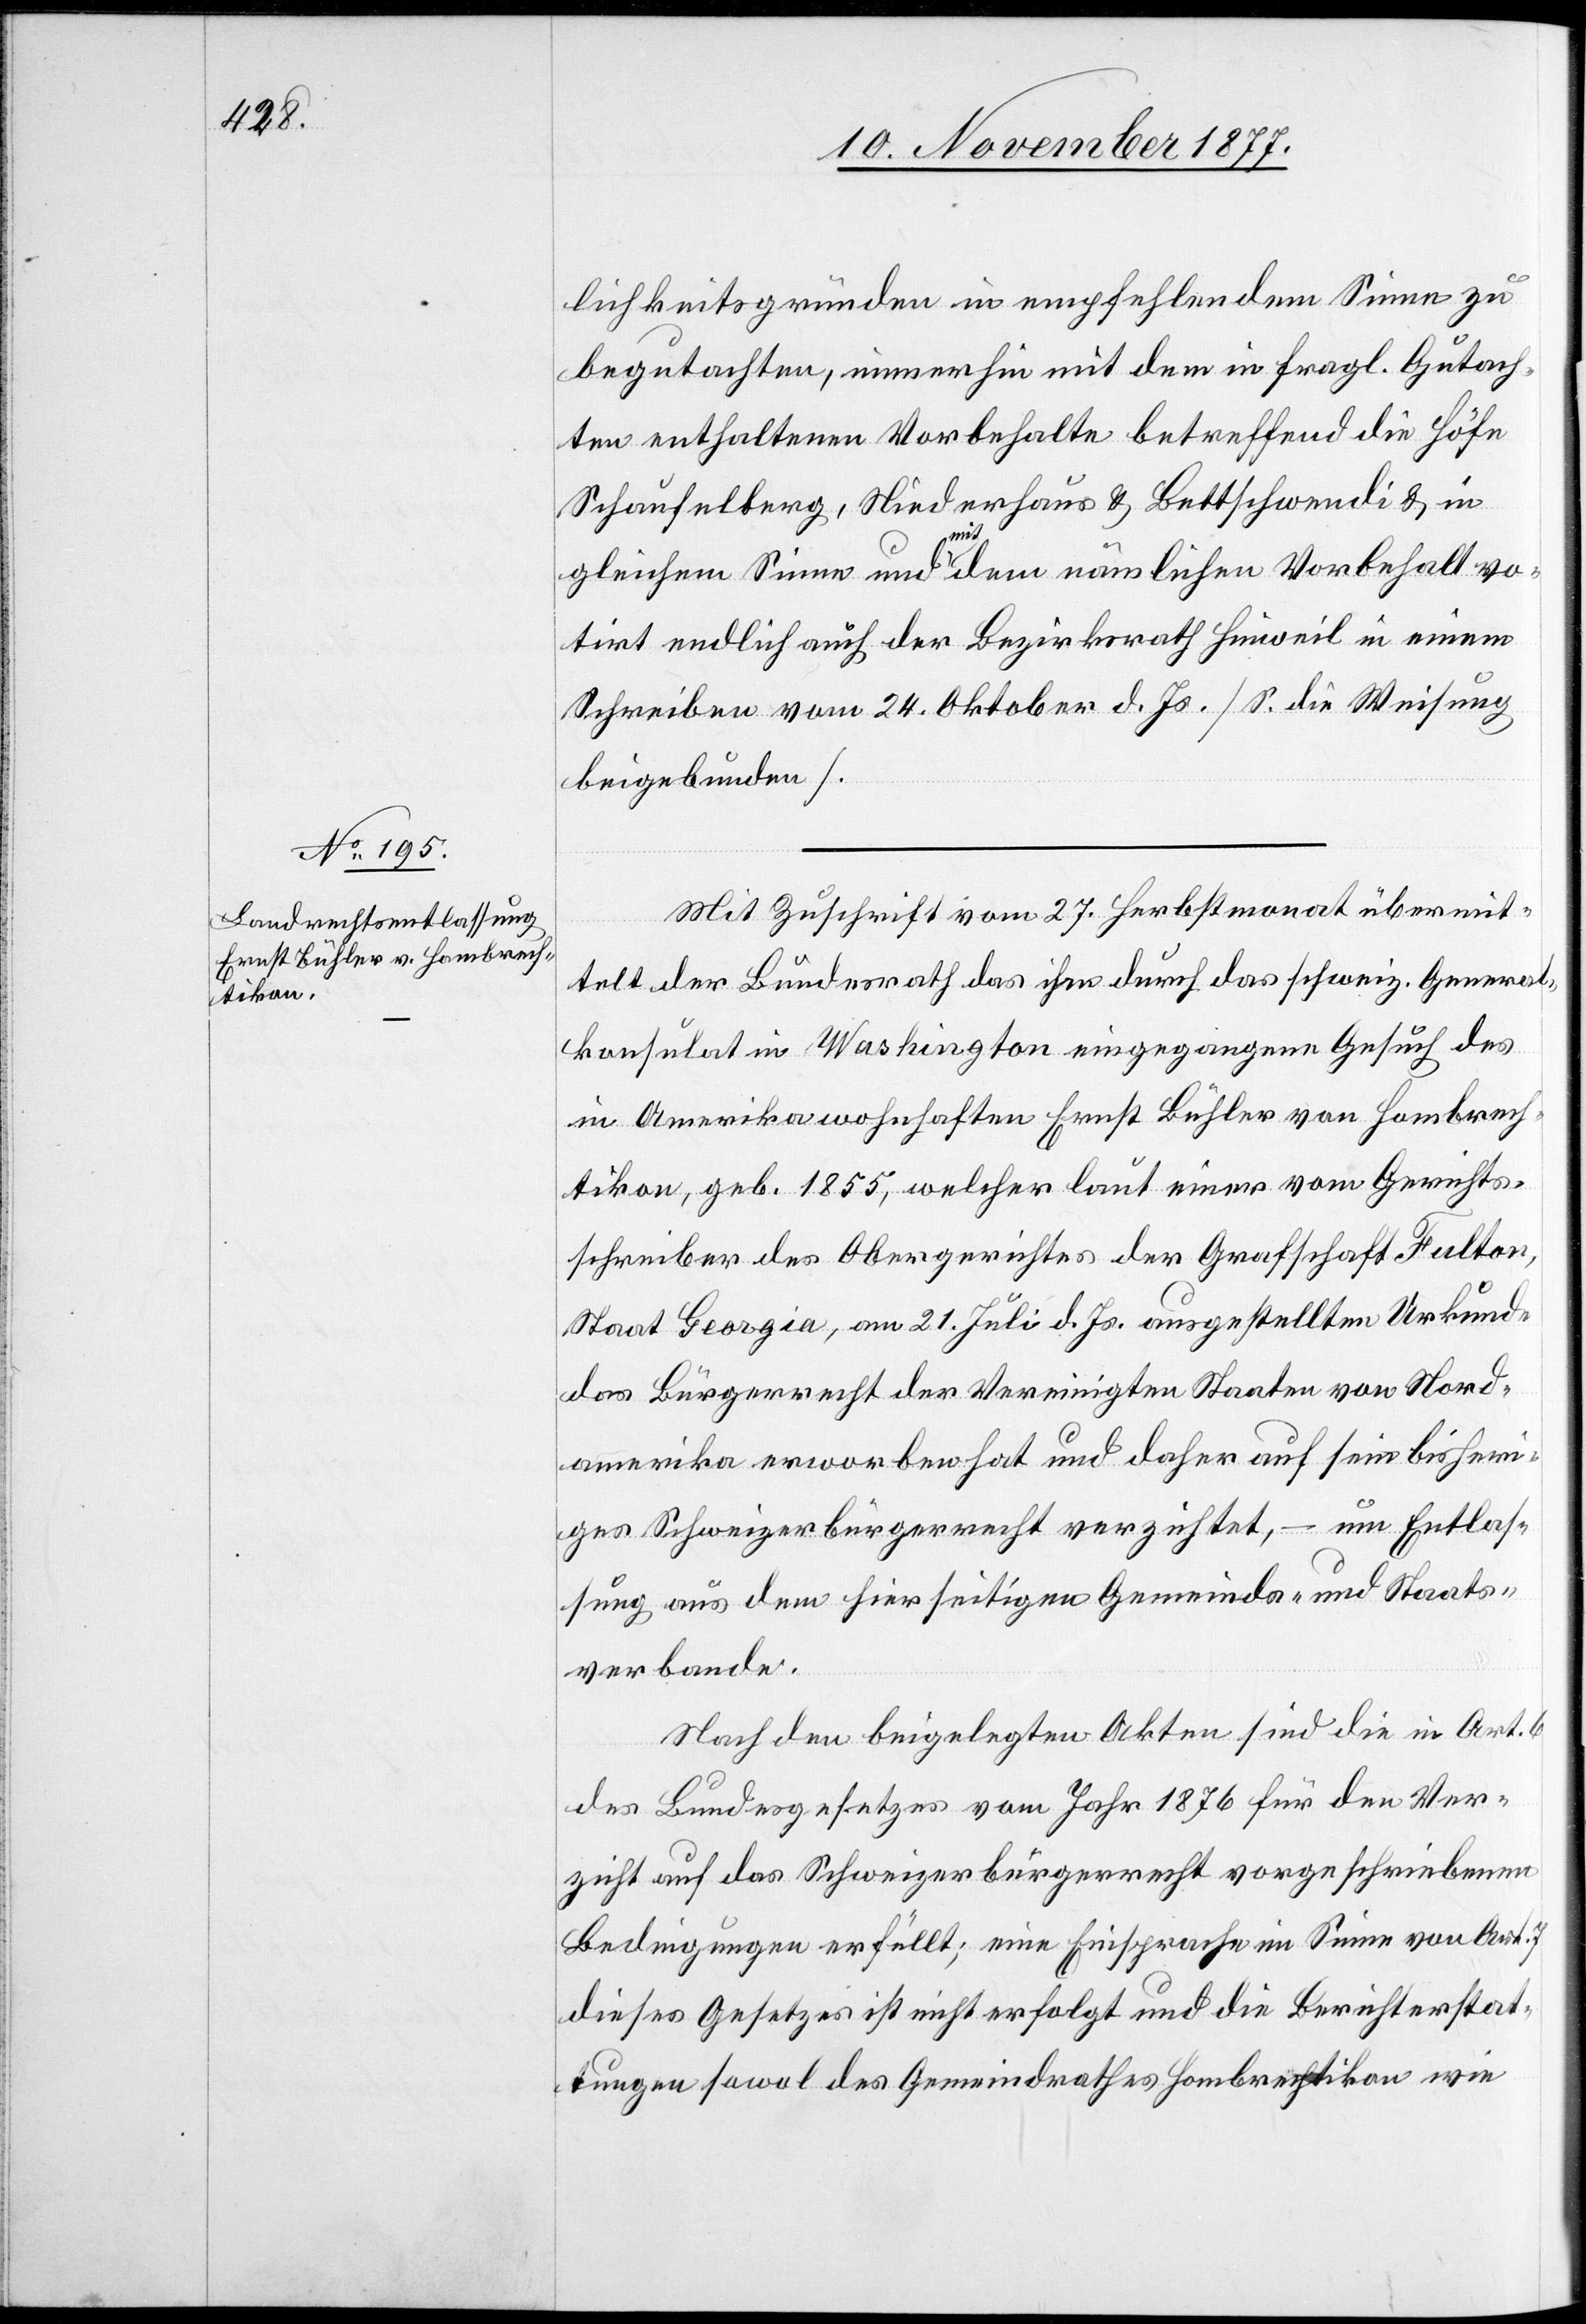
lichkeitsgründen in empfehlendem Sinne zu
begutachten, immerhin mit dem in fragl. Gutach¬
ten enthaltenen Vorbehalte betreffend die Höfe
Schaufelberg, Niederhaus & Bettschwendi & in
gleichem Sinne und mit dem nämlichen Vorbehalt vo¬
tirt endlich auch der Bezirksrath Hinweil in einem
Schreiben vom 24. Oktober d. Js. [S. die Weisung
beigebunden].
Mit Zuschrift vom 27. Herbstmonat übermit¬
telt der Bundesrath das ihm durch das schweiz. General¬
konsulat in Washington eingegangene Gesuch des
in Amerika wohnhaften Ernst Bühler von Hombrech¬
tikon, geb. 1855, welcher laut einer vom Gerichts¬
schreiber des Obergerichtes der Grafschaft Fulton,
Staat Georgia, am 21. Juli d. Js. ausgestellten Urkunde
das Bürgerrecht der Vereinigten Staaten von Nord¬
amerika erworben hat und daher auf sein bisheri¬
ges Schweizerbürgerrecht verzichtet, – um Entlas¬
sung aus dem hierseitigen Gemeinds- und Staats¬
verbande.
Nach den beigelegten Akten sind die in Art. 6
des Bundesgesetzes vom Jahr 1876 für den Ver¬
zicht auf das Schweizerbürgerrecht vorgeschriebenen
Bedingungen erfüllt; eine Einsprache im Sinne von Art.
dieses Gesetzes ist nicht erfolgt und die Berichterstat¬
tungen sowol des Gemeindrathes Hombrechtikon wie